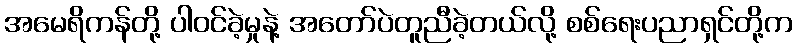
အမေရိကန်တို့ ပါဝင်ခဲ့မှုနဲ့ အတော်ပဲတူညီခဲ့တယ်လို့ စစ်ရေးပညာရှင်တို့က